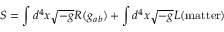
S = \int d ^ { 4 } x \sqrt { - g } R ( g _ { a b } ) + \int d ^ { 4 } x \sqrt { - g } { \cal L } ( \mathrm { m a t t e r } )